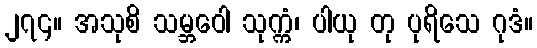
၂၇၄။ အသုစိ သမ္ဘဝေါ သုက္ကံ၊ ပါယု တု ပုရိသေ ဂုဒံ။